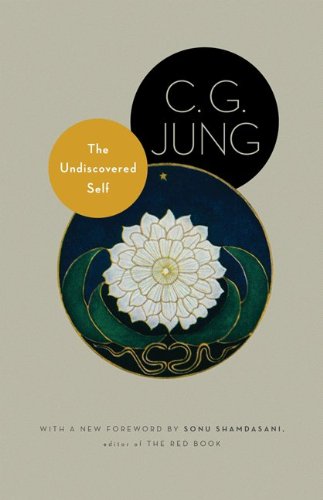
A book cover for The Undiscovered Self: With Symbols and the Interpretation of Dreams (Jung Extracts); C. G. Jung; Medical Books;